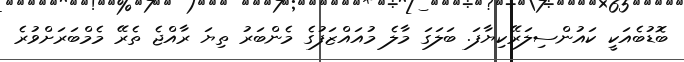
ބޮޑުބެއަކީ ކައުންސިލަރޭކިޔާފަ. ބަލަގަ މާލެ މުއައްޒަފުގެ މެންބަރު ތިޔަ ރާއްޖެ ތެރޭ މެމްބަރަށްވުރެ